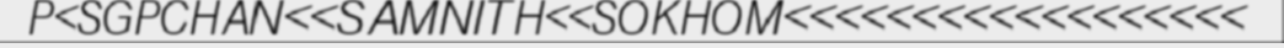
P<SGPCHAN<<SAMNITH<<SOKHOM<<<<<<<<<<<<<<<<<<